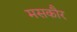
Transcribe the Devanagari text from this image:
मसकौर